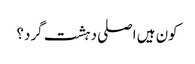
کون ہیں اصلی دہشت گرد؟